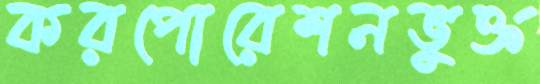
করপোরেশনভুক্ত